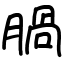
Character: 腡